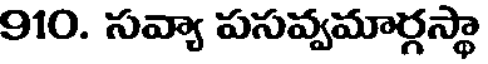
910. సవ్యా పసవ్వమార్గస్థా